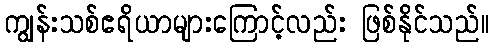
ကျွန်းသစ်ဧရိယာများကြောင့်လည်း ဖြစ်နိုင်သည်။